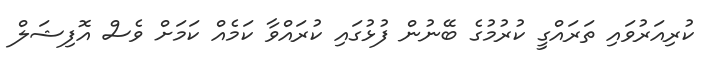
ކުރިއަރުވައި ތަރައްގީ ކުރުމުގެ ބޭނުން ފުޅުގައި ކުރައްވާ ކަމެއް ކަމަށް ވެސް އޮފިޝަލް